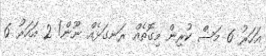
އަހަރު 6 މަސް ކުރިން މިގޮތެއް ރަނގަޅެއް ނޫން! 2 އަހަރު 6